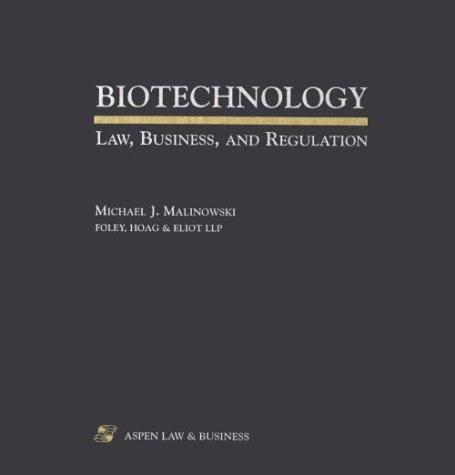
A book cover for Biotechnology: Law, Business, and Regulation; Michael J. Malinowski; Law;